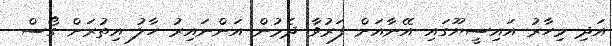
އަދި މިހާރު އައިސީޔޫގައި އޭނާއަށް ފަރުވާ ދެމުން އަންނައިރު ހާލު އިތުރަށް ގޯސް